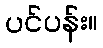
ပင်ပန်း။